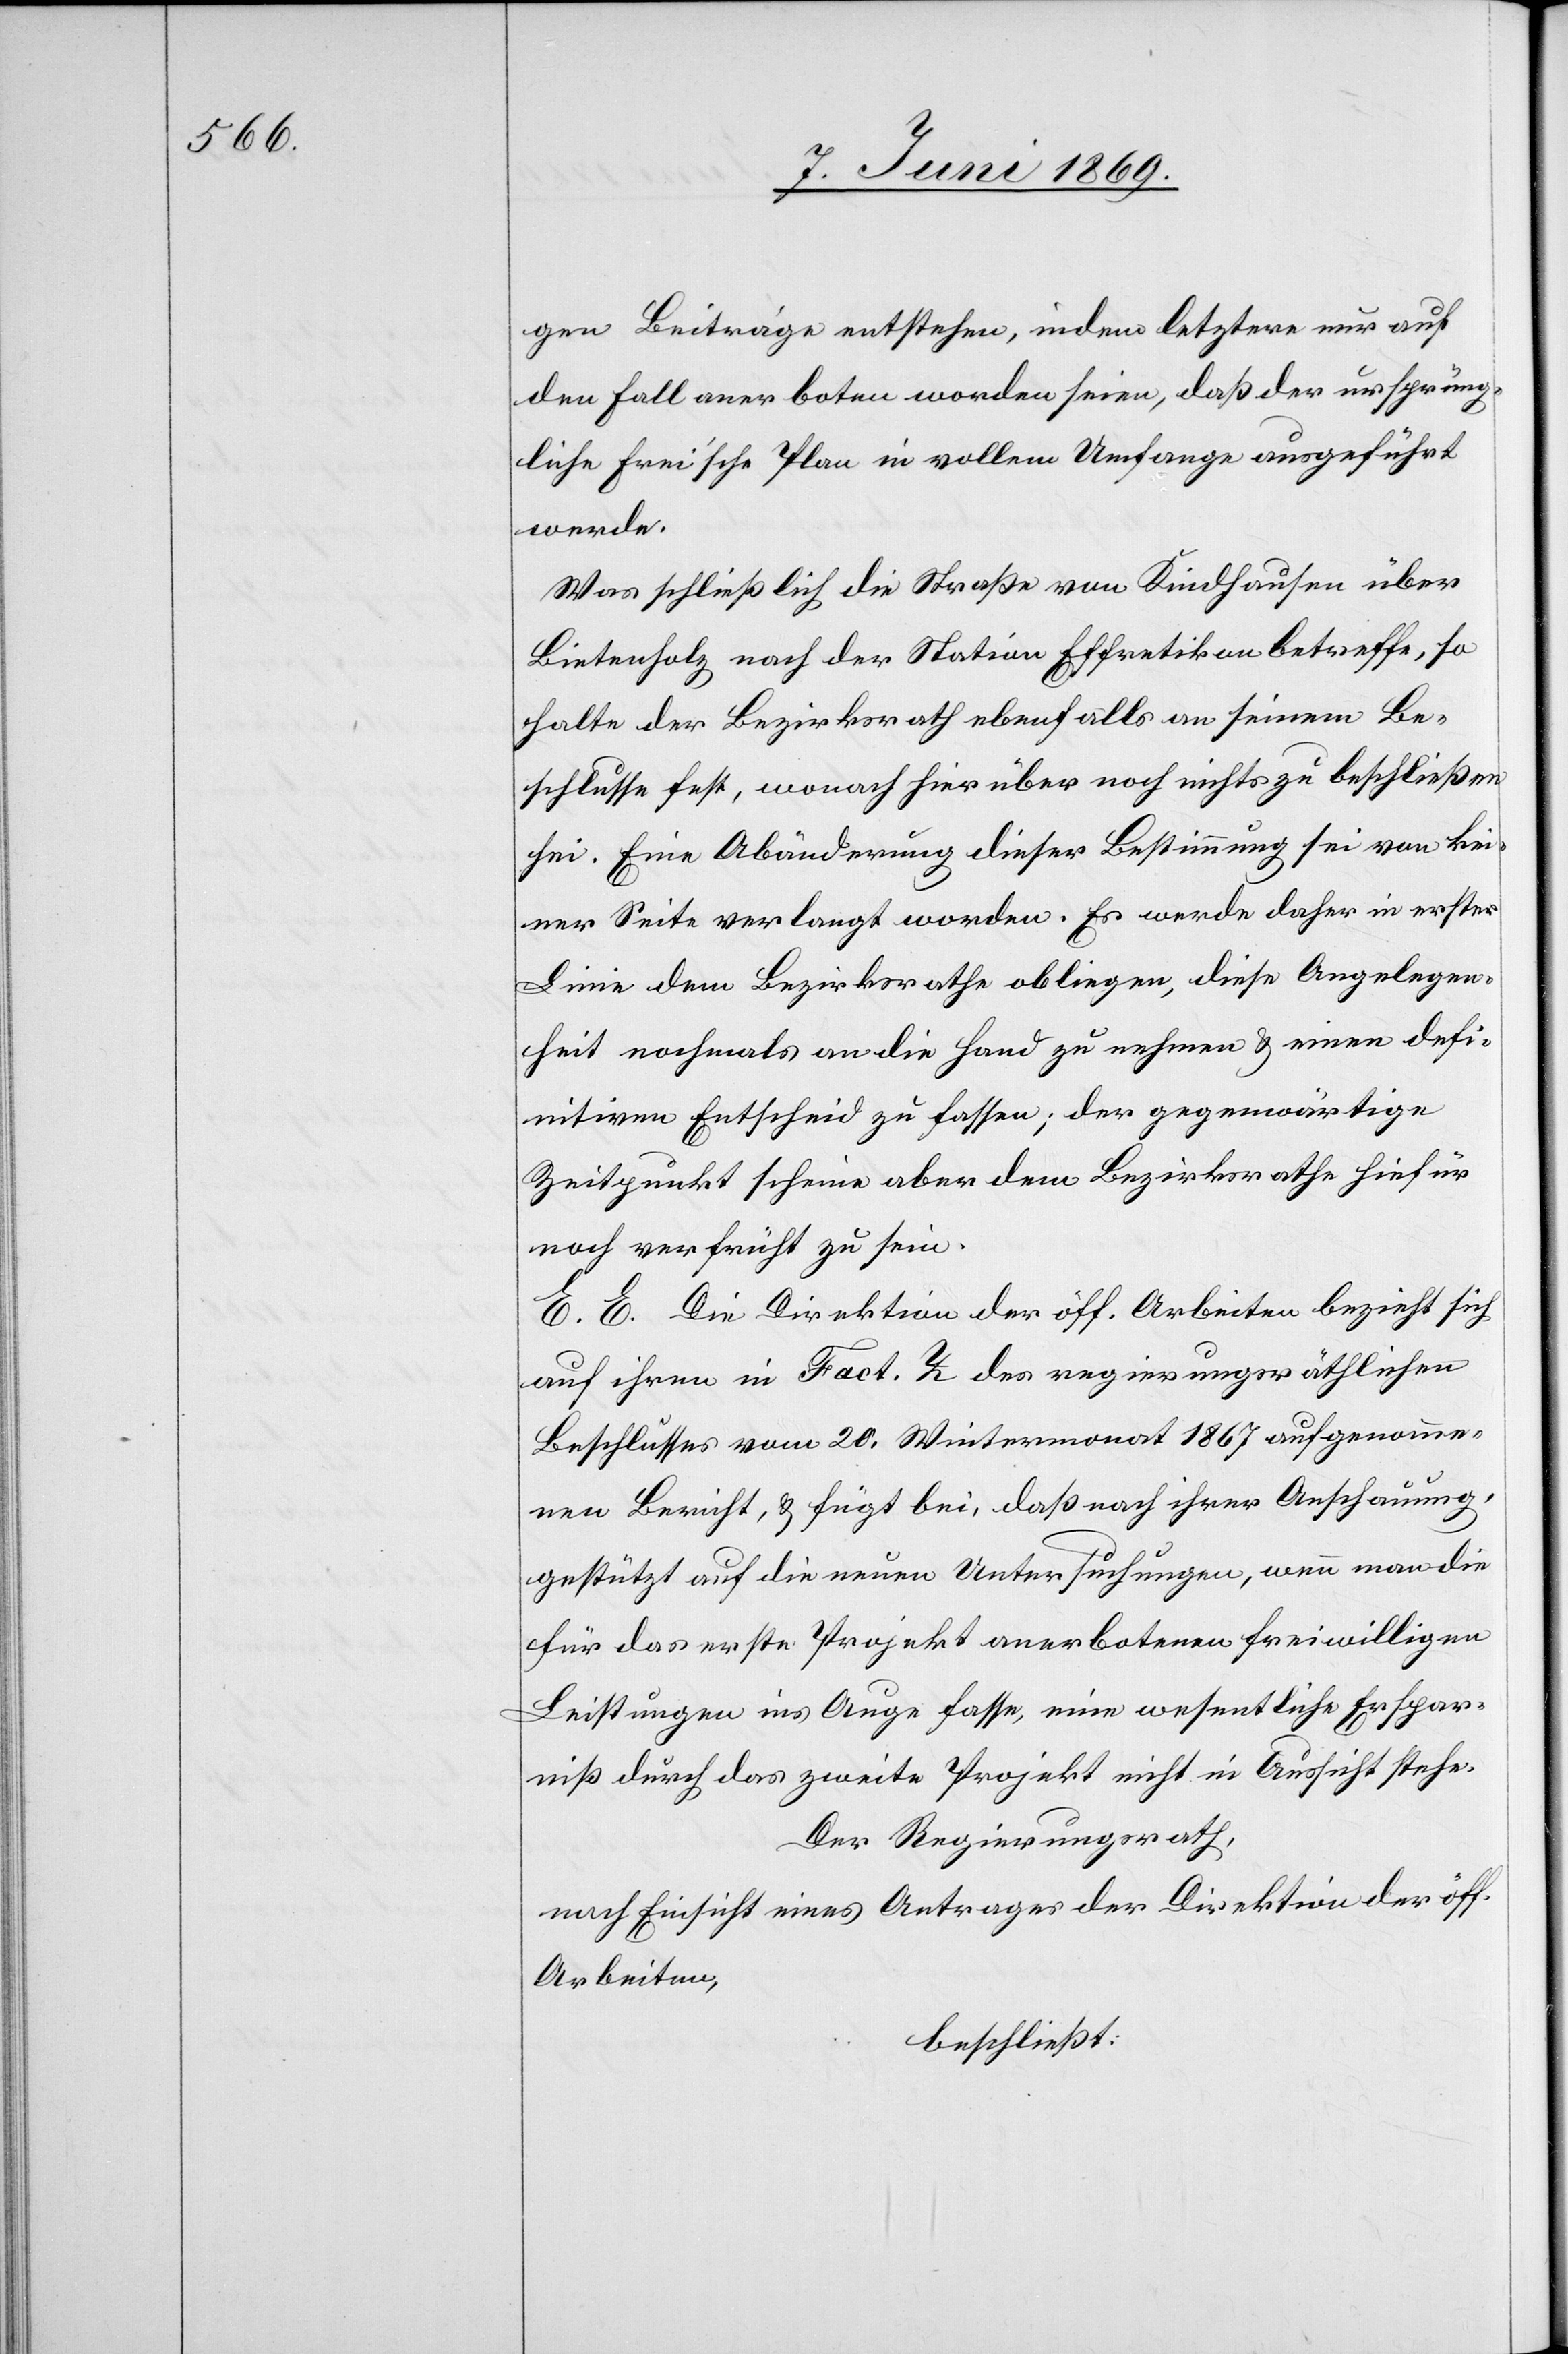
gen Beiträge entstehen, indem letztere nur auf
den Fall anerboten worden seien, daß der ursprüng¬
liche Frei’sche Plan in vollem Umfange ausgeführt
werde.
Was schließlich die Straße von Kindhausen über
Bietenholz nach der Station Effretikon betreffe, so
halte der Bezirksrath ebenfalls an seinem Be¬
schlusse fest, wonach hierüber noch nichts zu beschließen
sei. Eine Abänderung dieser Bestimmung sei von kei¬
ner Seite verlangt worden. Es werde daher in erster
Linie dem Bezirksrathe obliegen, diese Angelegen¬
heit nochmals an die Hand zu nehmen u. einen defi¬
nitiven Entscheid zu fassen; der gegenwärtige
Zeitpunkt scheine aber dem Bezirksrathe hiefür
noch verfrüht zu sein.
E. E. Die Direktion der öff. Arbeiten bezieht sich
auf ihren in Fact. L des regierungsräthlichen
Beschlusses vom 20. Wintermonat 1867 aufgenomme¬
nen Bericht u. fügt bei, daß nach ihrer Anschauung,
gestützt auf die neuen Untersuchungen, wenn man die
für das erste Projekt anerbotenen freiwilligen
Leistungen ins Auge fasse, eine wesentliche Erspar¬
niß durch das zweite Projekt nicht in Aussicht stehe.
Der Regierungsrath,
nach Einsicht eines Antrages der Direktion der öff.
Arbeiten,
beschließt: